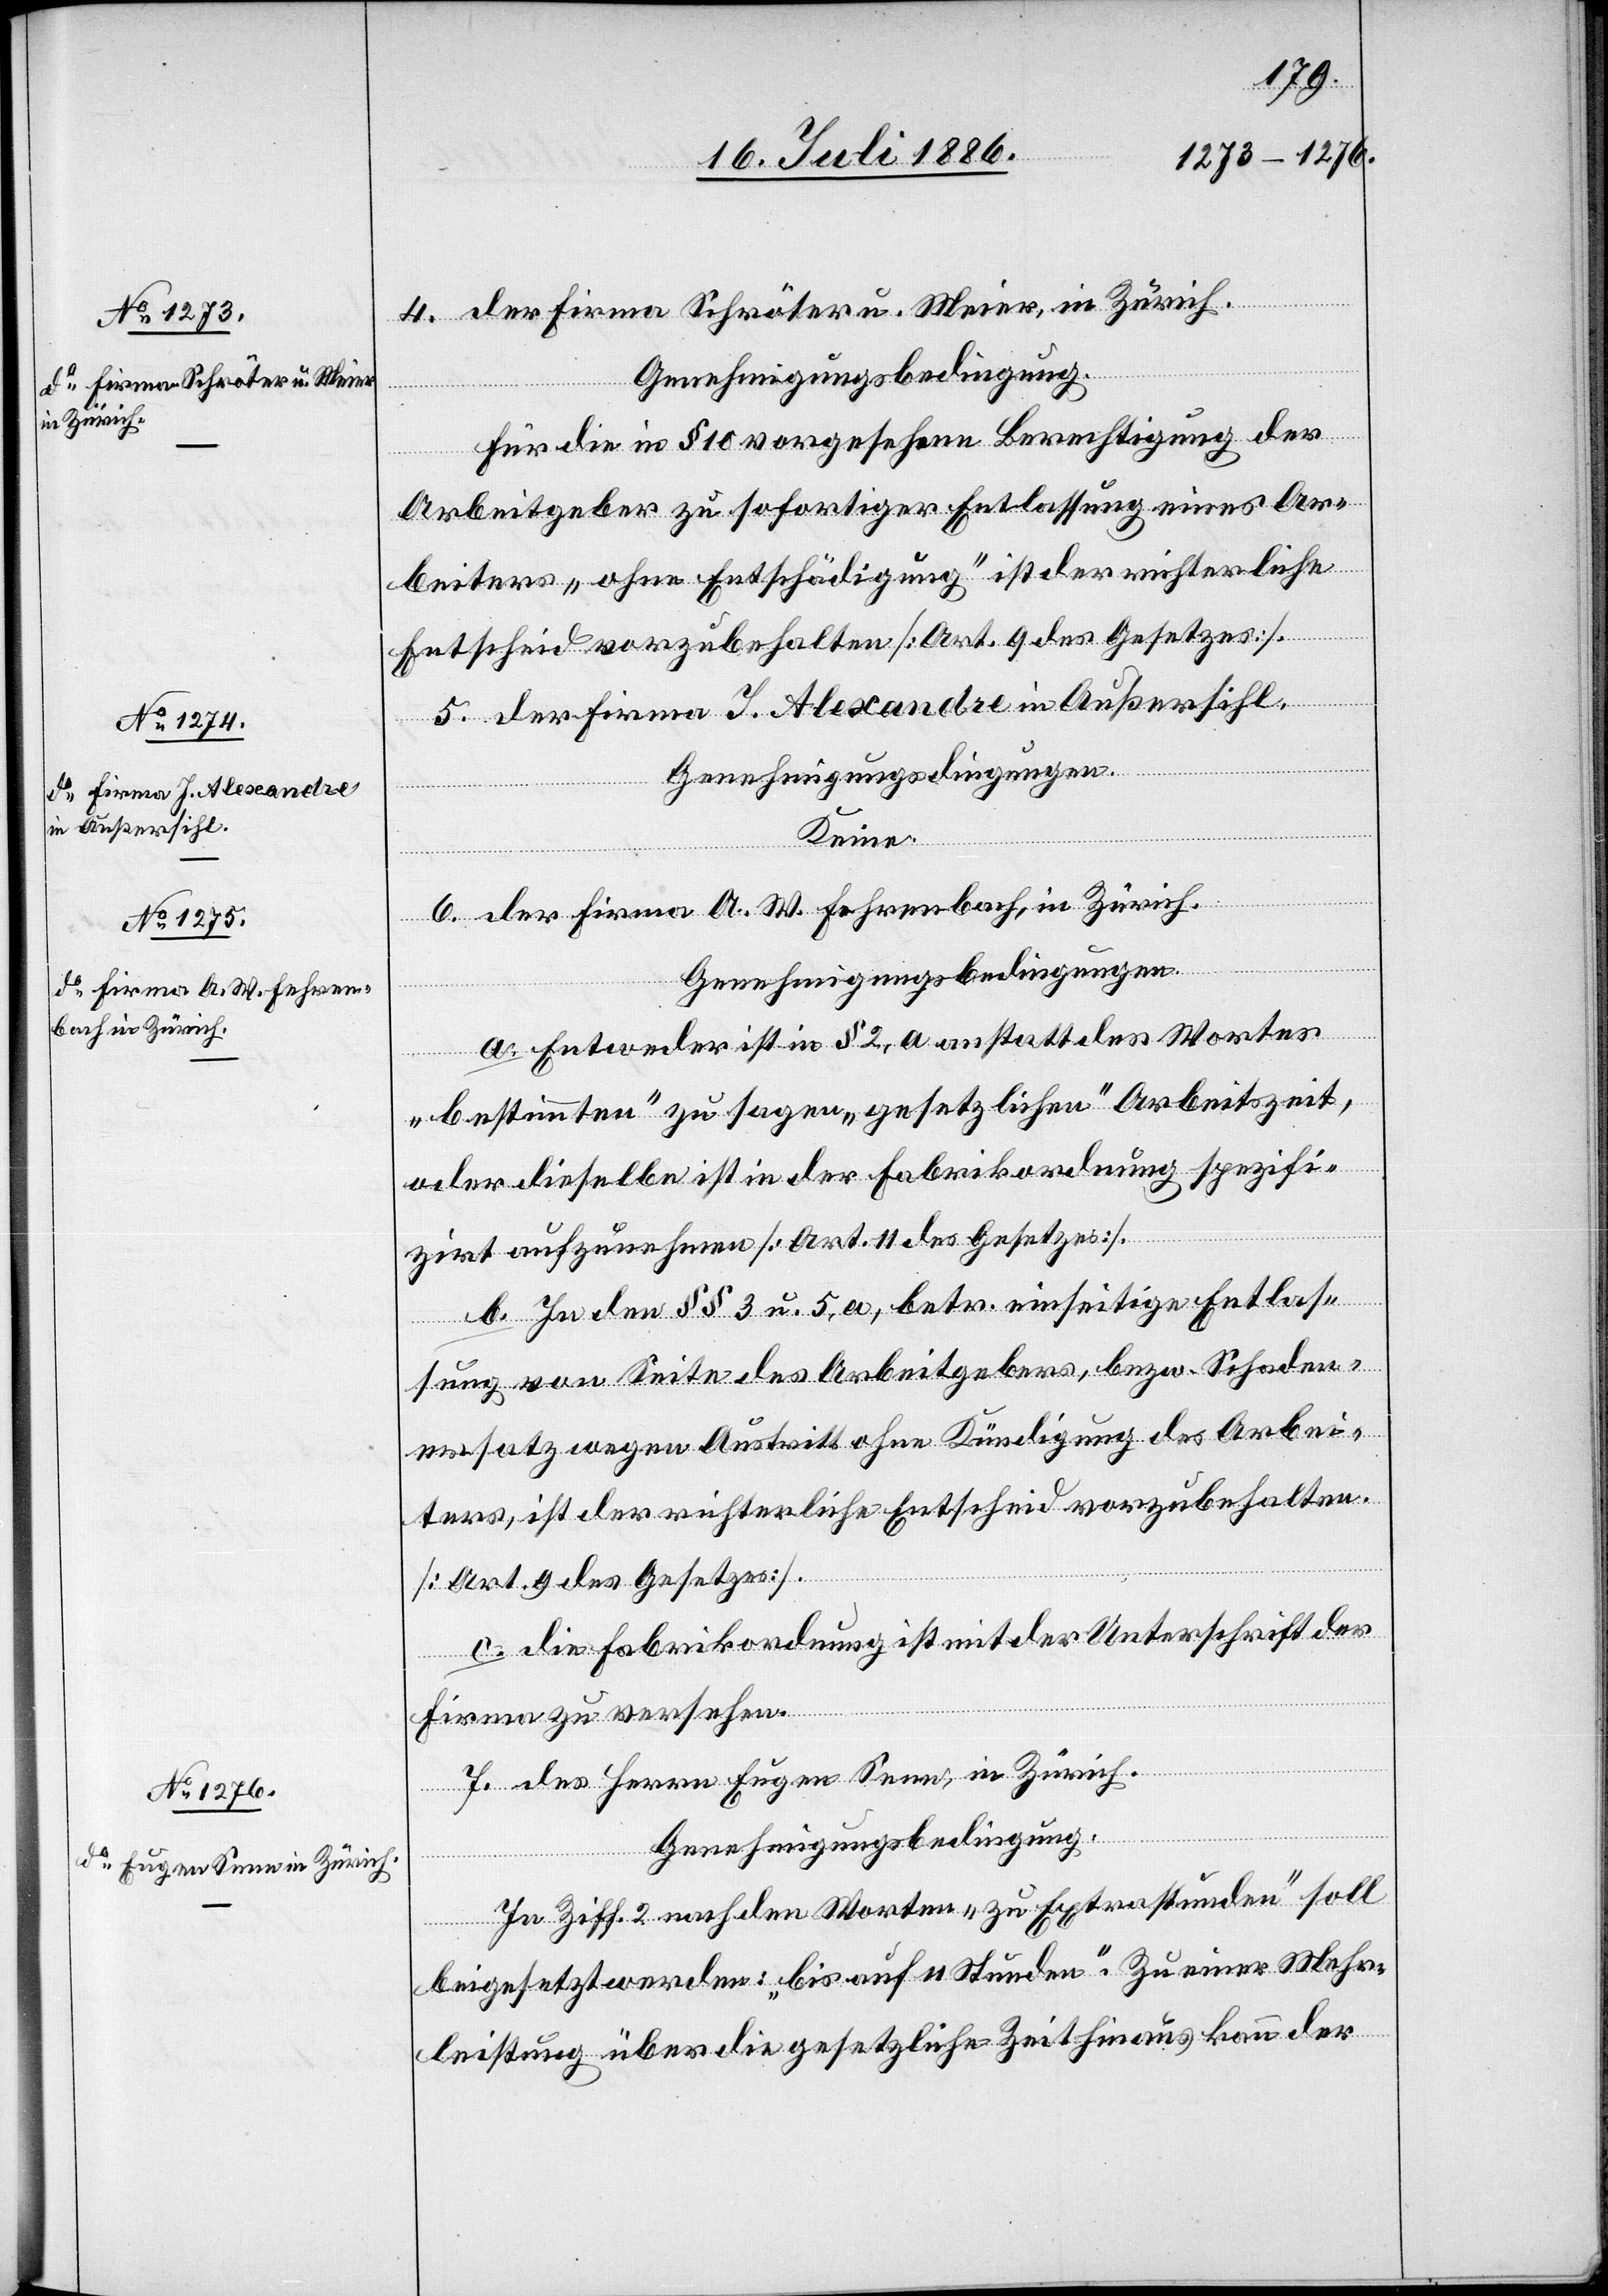
Firma Schröter u. Meier,
in Zürich.
in Außersihl.
[sic!] Firma A. W. Fehren¬
bach, in Zürich.
Herrn Eugen Senn, in Zürich.

Genehmigungsbedingung.
2.253
Für die in § 10 vorgesehene Berechtigung der
Arbeitgeber zu sofortiger Entlassung eines Ar¬
beitgebers „ohne Entschädigung“ ist der richterliche
Entscheid vorzubehalten [Art. 9 des Gesetzes].
Keine.
Genehmigungsbedingungen.
a. Entweder ist in § 2, a anstatt des Wortes
„bestimmten“ zu sagen „gesetzlichen“ Arbeitszeit,
oder dieselbe ist in der Fabrikordnung spezifi¬
zirt aufzunehmen [Art. 11 des Gesetzes].
b. In den §§ 3 u. 5, a, betr. einseitige Entlas¬
sung von Seite des Arbeitgebers, bezw. Schaden¬
ersatz wegen Austritt ohne Kündigung des Arbei¬
ters, ist der richterliche Entscheid vorzubehalten
[Art. 9 des Gesetzes].
Firma zu versehen.
des
Genehmigungsbedingung.
In Ziff. 2 nach den Worten „zu Extrastunden“ soll
beigesetzt werden: „bis auf 11 Stunden“. Zu einer Mehr¬
leistung über die gesetzliche Zeit hinaus kann der